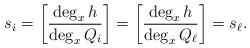
LaTeX: \begin{align*}s_i=\left[\frac{\deg_xh}{\deg_xQ_i}\right]=\left[\frac{\deg_xh}{\deg_xQ_\ell }\right]=s_\ell .\end{align*}